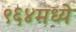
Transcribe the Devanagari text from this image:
९६४मध्ये